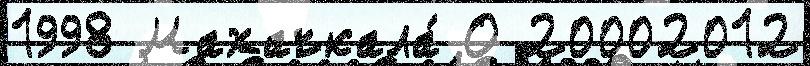
1998 Махачкала́ О 20002012